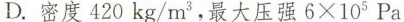
C.密度420kg/m^{3}，最大压强6×105Pa